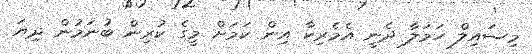
މިސައިލް ހަމަލާ ދެނީ އެމެރިކާ އިން ކަމަށް މީގެ ކުރިން ބުނަމުން ދިޔަ